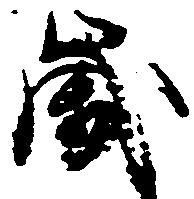
歳